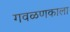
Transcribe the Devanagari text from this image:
गवळणकाला